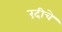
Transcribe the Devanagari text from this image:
रंदीचे